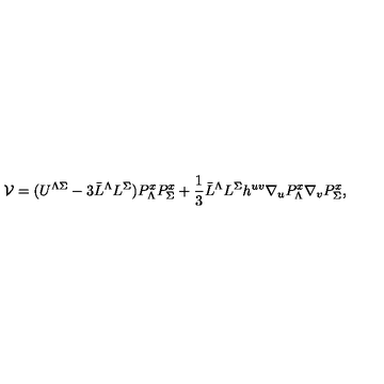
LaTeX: { \cal V } = ( U ^ { \Lambda \Sigma } - 3 \bar { L } ^ { \Lambda } L ^ { \Sigma } ) P _ { \Lambda } ^ { x } P _ { \Sigma } ^ { x } + \frac 1 3 \bar { L } ^ { \Lambda } L ^ { \Sigma } h ^ { u v } \nabla _ { u } P _ { \Lambda } ^ { x } \nabla _ { v } P _ { \Sigma } ^ { x } ,